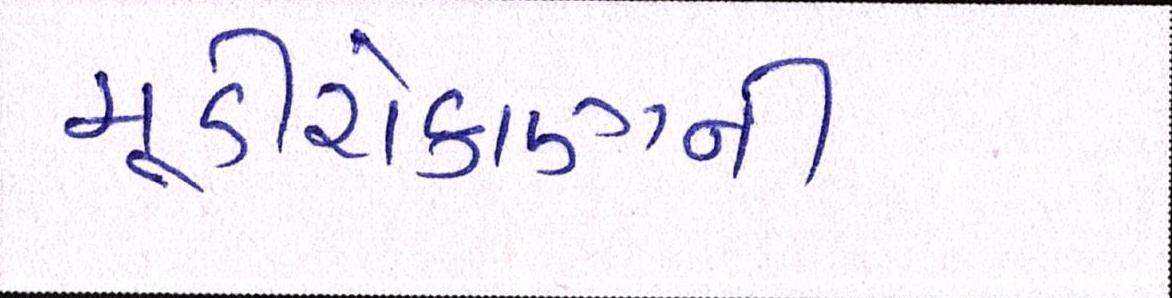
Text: મૂડીરોકાણની